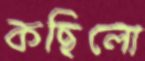
কছিলো